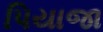
પિયાજા